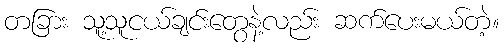
တခြား သူ့သူငယ်ချင်းတွေနဲ့လည်း ဆက်ပေးမယ်တဲ့။